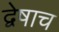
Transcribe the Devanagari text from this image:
द्वेषाच